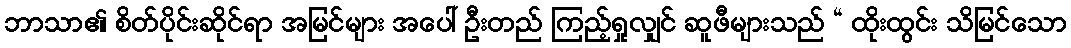
ဘာသာ၏ စိတ်ပိုင်းဆိုင်ရာ အမြင်များ အပေါ် ဦးတည် ကြည့်ရှုလျှင် ဆူဖီများသည် “ ထိုးထွင်း သိမြင်သော